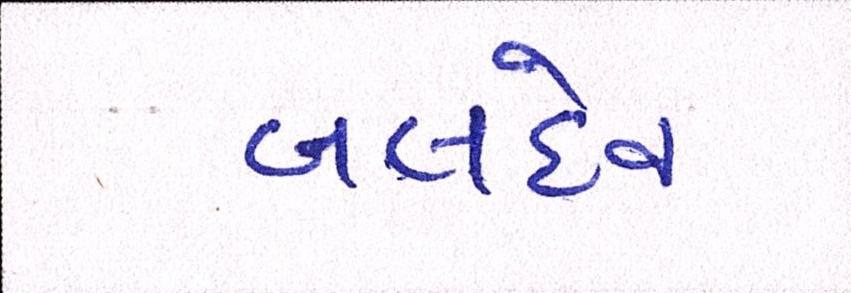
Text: બલદેવ